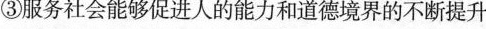
③服务社会能够促进人的能力和道德境界的不断提升